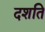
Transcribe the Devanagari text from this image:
दशति